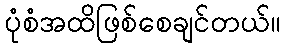
ပုံစံအထိဖြစ်စေချင်တယ်။